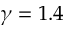
\gamma = 1 . 4